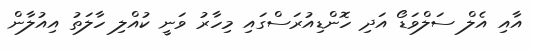
އާއި އެލް ސަލްވަޑޯ އަދި ހޮންޑިއުރަސްގައި މިހާރު ވަނީ ކުއްލި ހާލަތު އިއުލާން